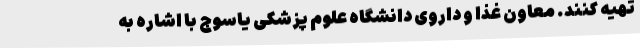
تهیه کنند. معاون غذا و داروی دانشگاه علوم پزشکی یاسوج با اشاره به